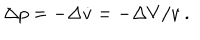
LaTeX: \Delta p = - \Delta \dot { v } = - \Delta V / v \ .